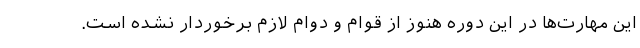
این مهارت‌ها در این دوره هنوز از قوام و دوام لازم برخوردار نشده‌ است.